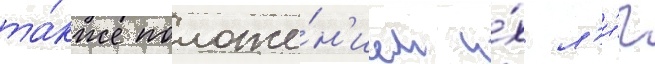
та́кже положе́н'ием и́х л'и́г